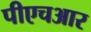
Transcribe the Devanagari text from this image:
पीएचआर